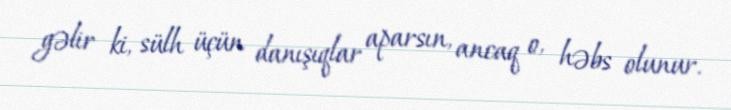
gəlir ki, sülh üçün danışıqlar aparsın, ancaq o, həbs olunur.